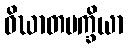
ဝိဃာတပက္ခိယာ